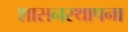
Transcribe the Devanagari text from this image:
शासनस्थापना